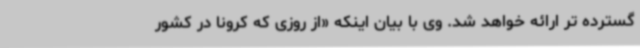
گسترده تر ارائه خواهد شد. وی با بیان اینکه «از روزی که کرونا در کشور